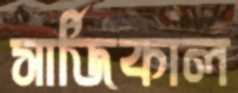
সার্জিকাল